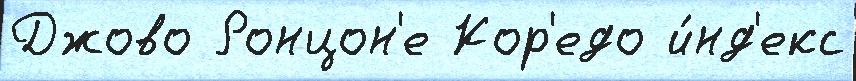
Джово Ронцон'е Кор'едо и́нд'екс